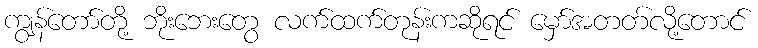
ကျွန်တော်တို့ ဘိုးဘေးတွေ လက်ထက်တုန်းကဆိုရင် မှော်အတတ်လို့တောင်